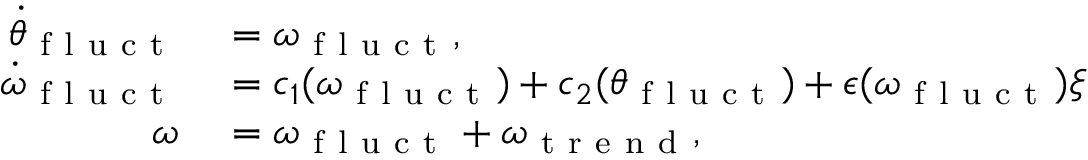
\begin{array} { r l } { \dot { \theta } _ { \mathrm { ~ f ~ l ~ u ~ c ~ t ~ } } } & { { } = \omega _ { \mathrm { ~ f ~ l ~ u ~ c ~ t ~ } } , } \\ { \dot { \omega } _ { \mathrm { ~ f ~ l ~ u ~ c ~ t ~ } } } & { { } = c _ { 1 } ( \omega _ { \mathrm { ~ f ~ l ~ u ~ c ~ t ~ } } ) + c _ { 2 } ( \theta _ { \mathrm { ~ f ~ l ~ u ~ c ~ t ~ } } ) + \epsilon ( \omega _ { \mathrm { ~ f ~ l ~ u ~ c ~ t ~ } } ) \xi } \\ { \omega } & { { } = \omega _ { \mathrm { ~ f ~ l ~ u ~ c ~ t ~ } } + \omega _ { \mathrm { ~ t ~ r ~ e ~ n ~ d ~ } } , } \end{array}